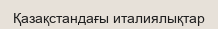
Қазақстандағы италиялықтар